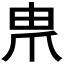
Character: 𤰰